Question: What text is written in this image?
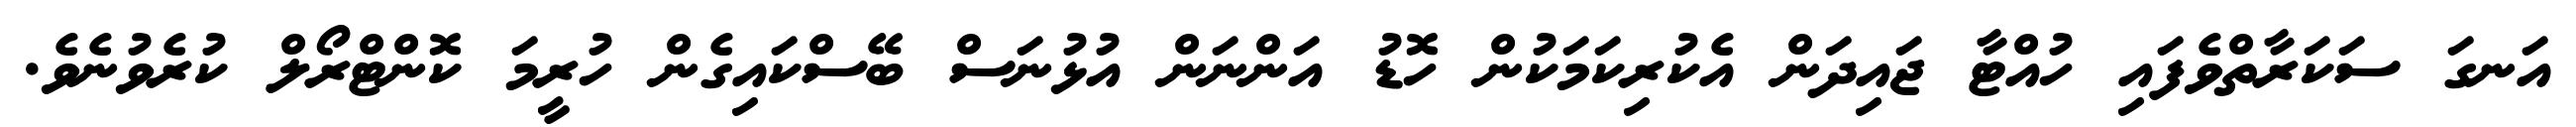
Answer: އަނގަ ސަކަރާތްވެފައި ހުއްޓާ ޖައިދަން އެކުރިކަމަކުން ހޮޑު އަންނަން އުޅުނަސް ބޭސްކައިގެން ހުރީމަ ކޮންޓްރޯލް ކުރެވުނެވެ.